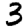
Digit: 3